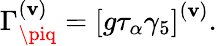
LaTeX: \Gamma_{\piq}^{\left(\mathbf{v}\right)}=\left[g\tau_{\alpha}\gamma_{5}\right]^{\left(\mathbf{v}\right)}.